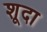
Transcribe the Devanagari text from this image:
शूदा